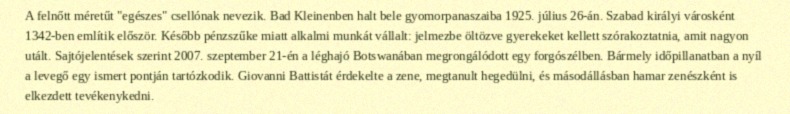
A felnőtt méretűt "egészes" csellónak nevezik. Bad Kleinenben halt bele gyomorpanaszaiba 1925. július 26-án. Szabad királyi városként 1342-ben említik először. Később pénzszűke miatt alkalmi munkát vállalt: jelmezbe öltözve gyerekeket kellett szórakoztatnia, amit nagyon utált. Sajtójelentések szerint 2007. szeptember 21-én a léghajó Botswanában megrongálódott egy forgószélben. Bármely időpillanatban a nyíl a levegő egy ismert pontján tartózkodik. Giovanni Battistát érdekelte a zene, megtanult hegedülni, és másodállásban hamar zenészként is elkezdett tevékenykedni.